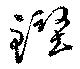
鏗